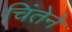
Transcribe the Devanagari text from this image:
चिंतेने